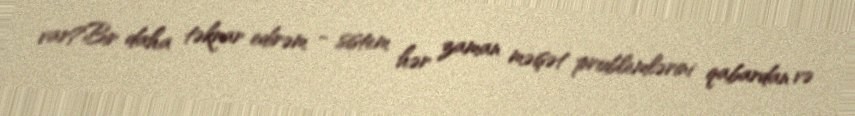
var?Bir daha təkrar edirəm - sistem hər zaman məişət problemlərini qabardan və